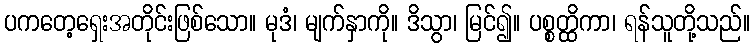
ပကတေ့ရှေးအတိုင်းဖြစ်သော။ မုဒံ၊ မျက်နှာကို။ ဒိသွာ၊ မြင်၍။ ပစ္စတ္ထိကာ၊ ရန်သူတို့သည်။